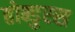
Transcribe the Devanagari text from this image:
होन्डुरस